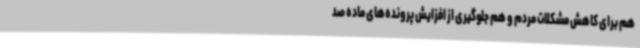
هم برای کاهش مشکلات مردم و هم جلوگیری از افزایش پرونده‌های ماده صد